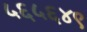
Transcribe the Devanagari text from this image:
५६५६४९